Madras plague regulations in force outside the Presidency town - Volume 1
Disease focus: Plague
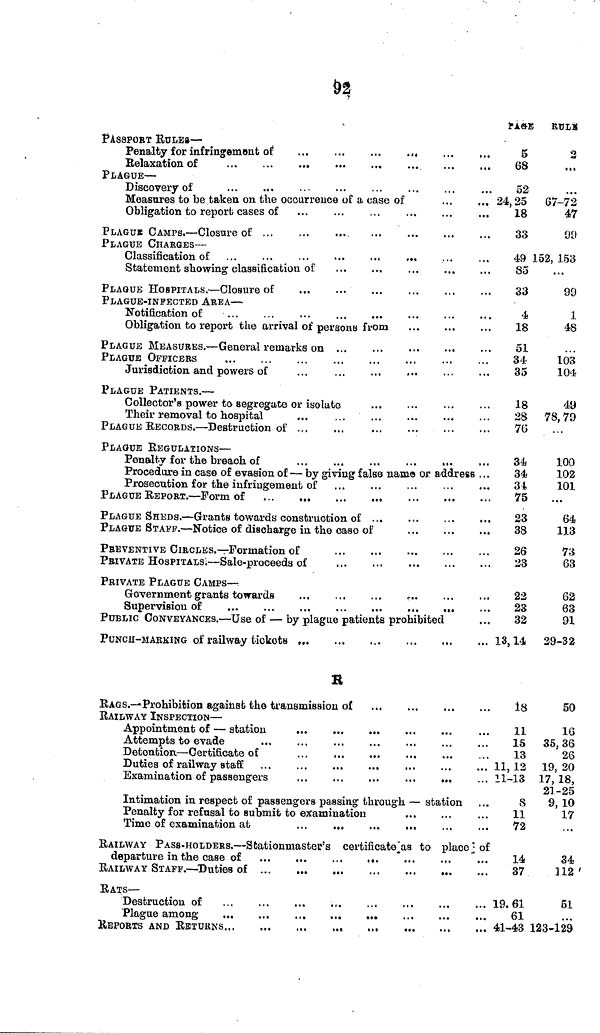
92
PASSPORT RULE —
Penalty for infringement oí
... ... ....
rrRexation of
...
...
....
...
...
...
pLAGUE —
Discovery of
...
...
...
...
...
...
...
Measures to be taken on the occurrence of a case of
Obligation to report cases of
PLAGUE CAMPS — Closure of ... ... ... ... ... ... .... ...
PLAGUE CHARGES —
Classification of ...
...
•••
•••
•••
•••
STtatement showing classification of
PLAQUE HOSPITALS. — Closure of ... ... ... ... ... ... ...
PLAGUE-INFECTED AREA —
Notification of ... ... ... ... ... ...
Obligation to report the arrival of persons from
PLAGUE MEASURES. — General l remarks on ... ... ... ... ... ...
PLAGUE OFFICERS
Jurisdiction and powers of
...
PLAGUE PATIENTS. —
Collector's power to segregate or isolate
Their removal to hospital
...
PLAGUE RECORDS. — Destruction of
PLAGUE REGULATIONS —
Penaltv for the breach of
Procedure in case of evasion of — by giving false name or address
Prosecution for the infringement of
PLAGUE REPORT. — Form of
PLAGUE SHEDS. — Grants towards construction of ...
PLAGUE STAFF. — Notice of discharge in the case of
PREVENTIVE CIRCLES. — Formation of
PRIVATE HOSPITALS! — Sale-proceeds of
PRIVATE PLAGUE CAMPS —
Government grants towards
Supervision of
PUBLIC CONVEYANCES. — Use of — by plague patients prohibited
PUNCII-MAKKING of railway tickets ,
R
RAGS.— Prohibition against the transmission of
...
...
...
RAILWAY INSPECTION —
Appointment of — station
Attempts to evade
Detention — Certificate of
Duties of railway staff
Examination of passengers
...
...
...
...
...
Intimation in respect of passengers passing through — station
Penalty for refusal to submit to examination
Time of examination at
...
...
...
...
RAILWAY PASS-HOLDERS. — Statiomnaster's certificato as to place
departure in the case of
RAILWAY STAFF. — Duties of ...
RATS —
Destruction of
Plague among
...
...
...
...
...
REPORTS AND RETURNS
...
PAGE
5
68
52
,.. 24,25
18
33
RÜLE
2
...
...
67-72
47
99
49 152, 153
85
33
4
18
51
34
35
28
8
76
34
34
31
75
23
38
26
23
22
23
32
13, 14
18
11
15
13
... 11,12
... 11-13
8
11
72
of
14
37
... 19.61
61
... 41-43
99
1
48
103
104
49
78,79
100
102
101
...
64
113
73
63
62
63
91
29-32
50
16
35,36
26
19, 20
17, 18,
21-25
9, 10
17
...
34
112 '
51
...
123-129